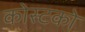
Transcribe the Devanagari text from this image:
कोस्‍टको